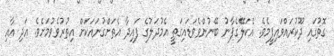
ގޮތުގައި ދޫކުރައްވައިފީމެވެ. އެކަލޭގެފާނު ބޭނުންވެވަޑައިގަތީ އެމުދަލުގެ ފައިދާ އެތަށްގުނައަކަށް އިތުރުވެވުމަށެވެ. އަދި އާއި